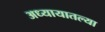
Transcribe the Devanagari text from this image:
अध्यायातल्या